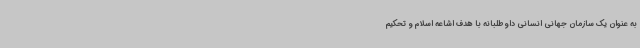
به عنوان یک سازمان جهانی انسانی داوطلبانه با هدف اشاعه اسلام و تحکیم